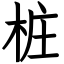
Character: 桩